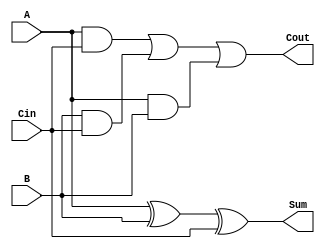
// Michael Kearton
// Structural design for a full adder using Verilog  
module fulladder( 
 	input  A, B, Cin,  	
	output Sum, Cout); 
 	wire S1, T1, T2, T3; 
// Structural code for 1 bit full adder 	  	
	xor 	U1 (S1, A, B); 
 	xor 	U2 (Sum, S1, Cin); 
 	 	 
 	and 	U3 (T3, A, B);  	
	and 	U4 (T2, B, Cin); 
 	and 	U5 (T1, A, Cin); 
 	 	 
 	or  	U6 (Cout, T1, T2, T3); 
endmodule